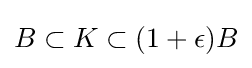
B\subset K\subset (1+\epsilon )B